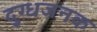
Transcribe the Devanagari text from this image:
दुग्धजनक